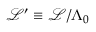
\mathcal { L } ^ { \prime } \equiv \mathcal { L } / \Lambda _ { 0 }